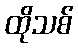
ထိုသစ်